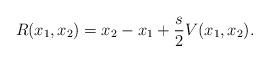
LaTeX: \begin{align*}R(x_{1},x_{2})=x_{2}-x_{1}+\frac{s}{2}V(x_{1},x_{2}).\end{align*}